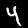
Label: 4